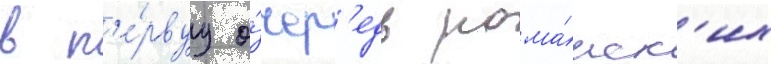
в п'е́рвуу о́чер'едь рома́нск'их